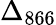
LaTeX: \Delta_{866}